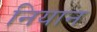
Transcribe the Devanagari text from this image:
नियान